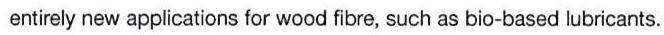
entirely new applications for wood fibre, such as bio-based lubricants.